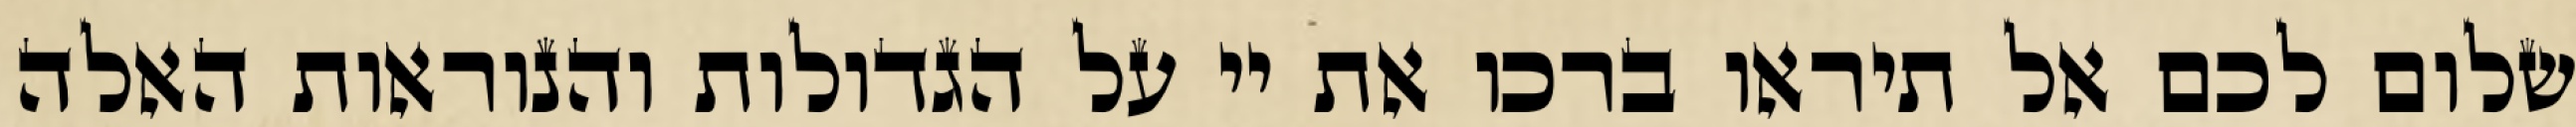
שלום לכם אל תיראו ברכו את יי על הגדולות והנוראות האלה